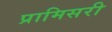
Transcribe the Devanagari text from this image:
प्रामिसरी